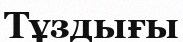
Тұздығы